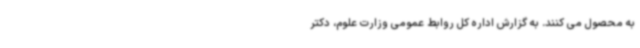
به محصول می کنند. به گزارش اداره کل روابط عمومی وزارت علوم، دکتر